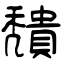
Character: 穨